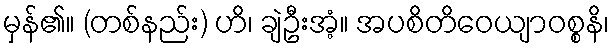
မှန်၏။ (တစ်နည်း) ဟိ၊ ချဲဦးအံ့။ အပစိတိဝေယျာဝစ္စနိ၊